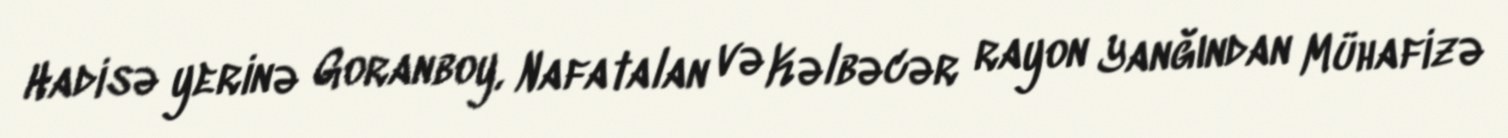
Hadisə yerinə Goranboy, Nafatalan və Kəlbəcər rayon Yanğından Mühafizə